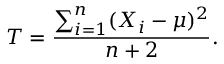
T = { \frac { \sum _ { i = 1 } ^ { n } ( X _ { i } - \mu ) ^ { 2 } } { n + 2 } } .